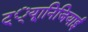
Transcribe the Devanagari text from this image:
ट््यूानिजियाई